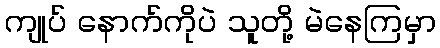
ကျုပ် နောက်ကိုပဲ သူတို့ မဲနေကြမှာ